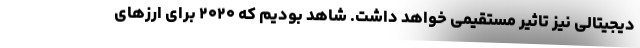
دیجیتالی نیز تاثیر مستقیمی خواهد داشت. شاهد بودیم که ۲۰۲۰ برای ارزهای